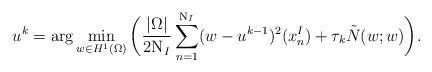
LaTeX: \begin{align*}u^k=\arg\min_{w\in H^1(\Omega)} \bigg(\frac{|\Omega|}{2\mathrm{N}_I}\sum_{n=1}^{\mathrm{N}_I} (w-u^{k-1})^2(x_n^I)+ \tau_k \tilde{N}(w;w)\bigg).\end{align*}